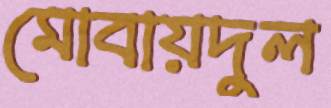
মোবায়দুল